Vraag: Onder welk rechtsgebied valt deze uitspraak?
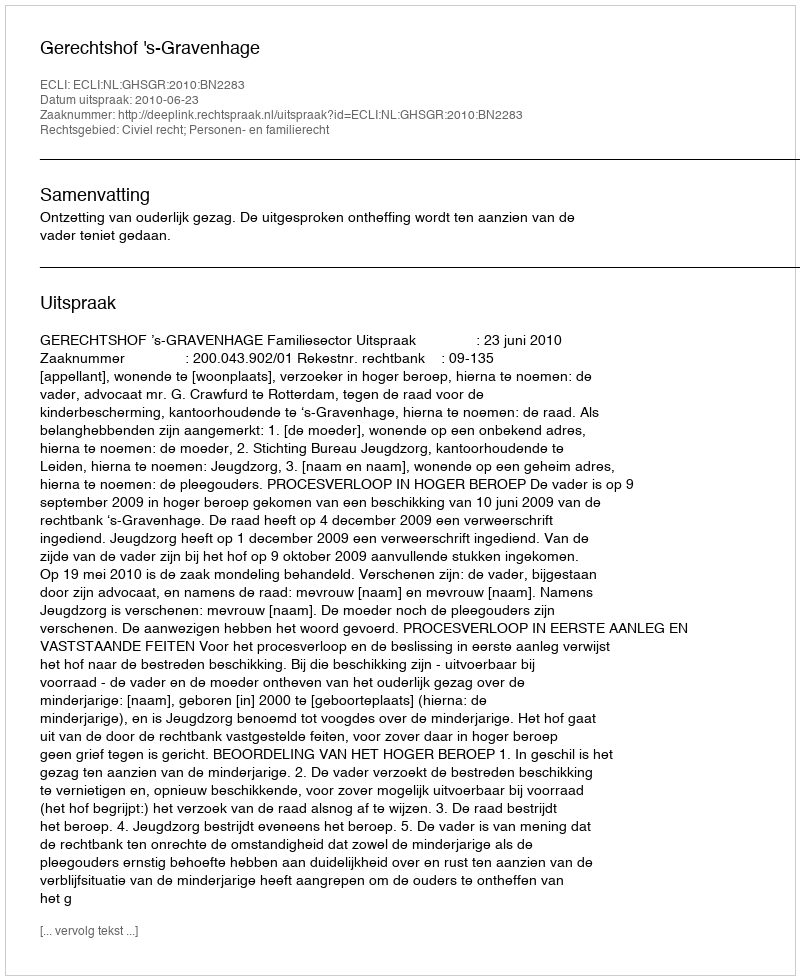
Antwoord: Civiel recht; Personen- en familierecht